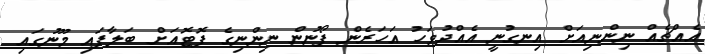
އެއްޗެއް ނިންނިއަށް އިނގުނީ އެއްދުވަހު އަހަރެން ފޯނުން ނިންނިގެ ފޮޓޮއަށް ބަލާފައި މޫނުގައި